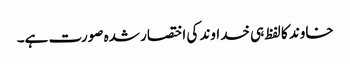
خاوند کا لفظ ہی خداوند کی اختصار شدہ صورت ہے۔